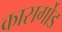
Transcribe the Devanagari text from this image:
कासर्गोड